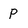
Character: P